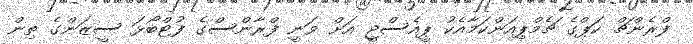
ފްރެންޗް ކަޕްގެ ޗެމްޕިއަންކަމާއެކު ޕީއެސްޖީ އަށް ވަނީ ފްރާންސްގެ ފުޓްބޯޅަ ސީޒަންގެ ތިން